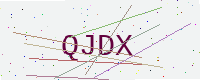
Text: QJDX